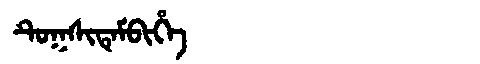
Manchu: ᡨᡠᡴᠰᡳᡨᡝᠮᠪᡳᡥᡝ
Romanization: TUKSITEMBIHE